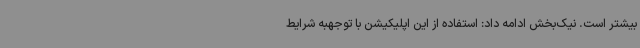
بیشتر است. نیک‌بخش ادامه داد: استفاده از این اپلیکیشن با توجهبه شرایط